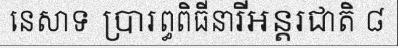
នេសាទ ប្រារព្ធពិធីនារីអន្តរជាតិ ៨